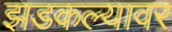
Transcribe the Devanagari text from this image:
झडकल्यावर